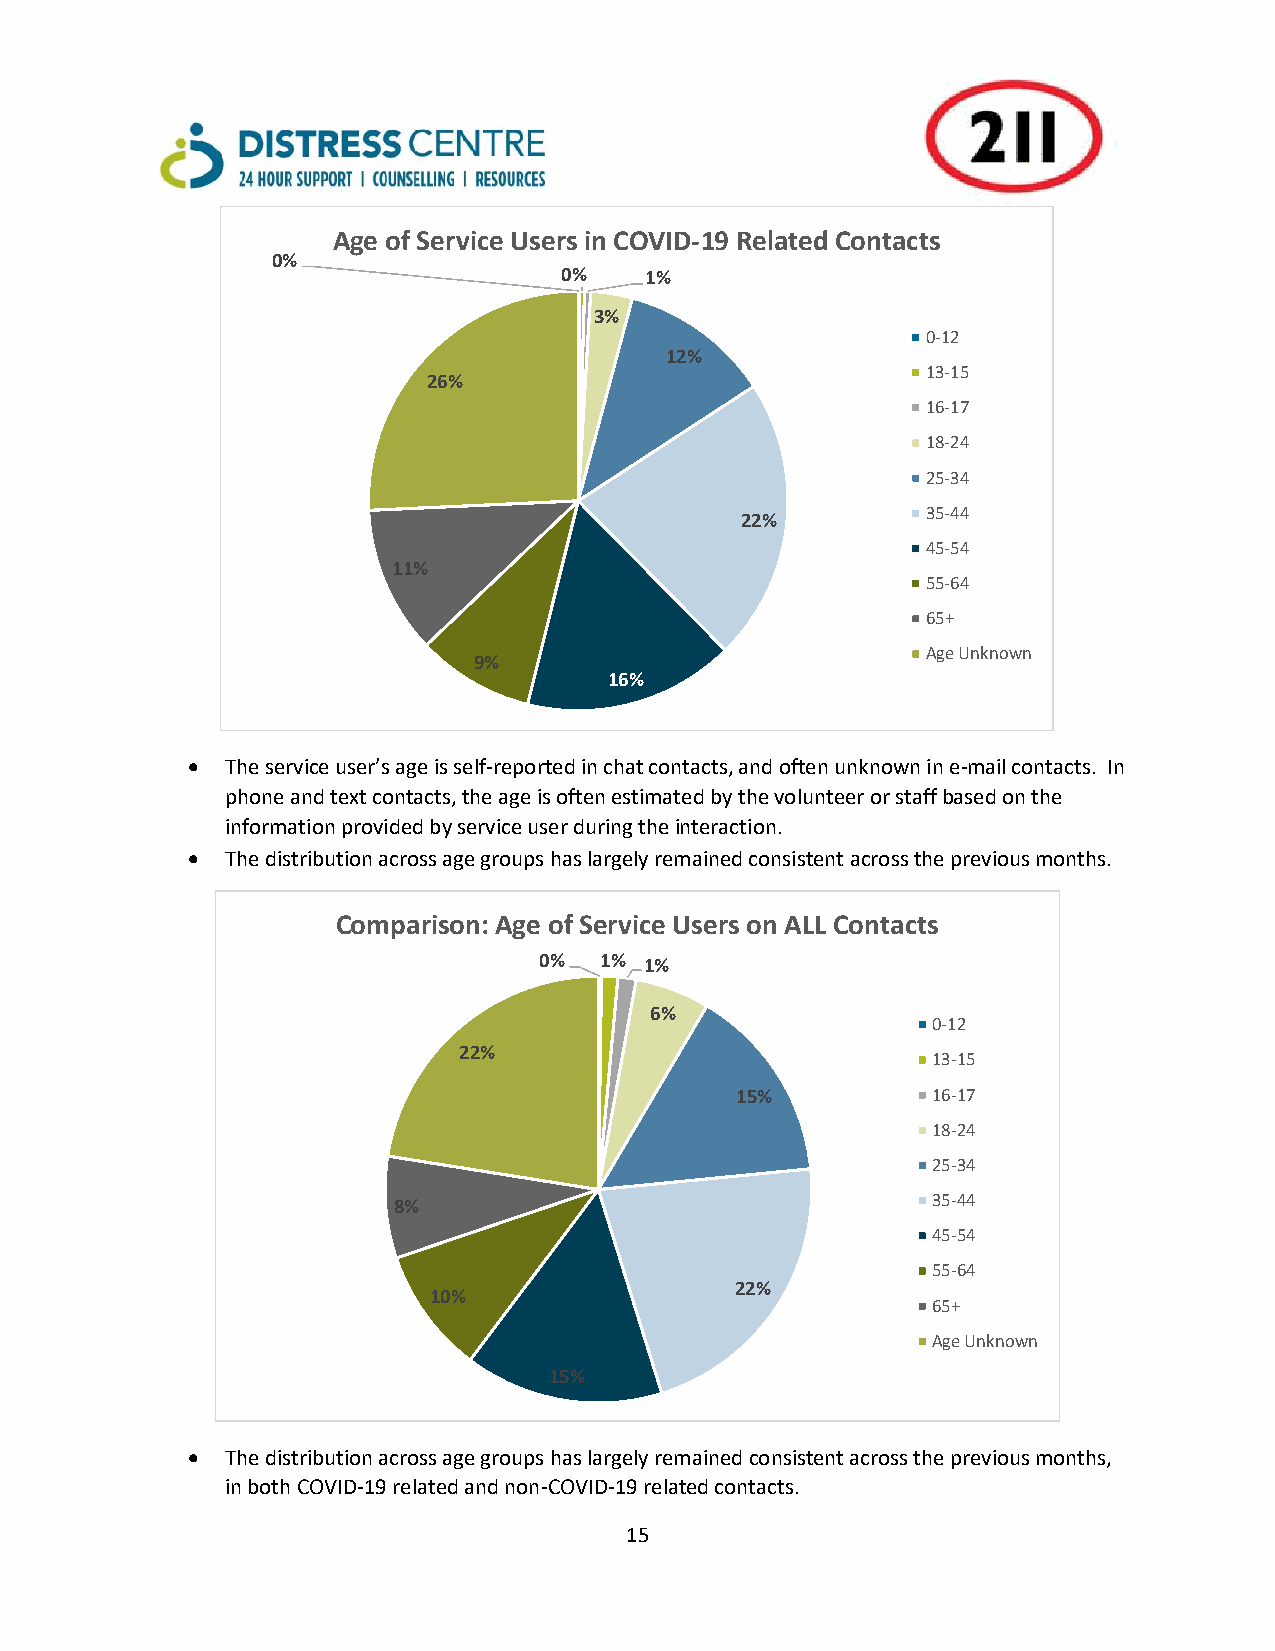
Age of Service Users in COVID-19 Related Contacts
 0%
 0%    1%
 3%
 0-12
 12%
 13-15
 26%
 16-17
 18-24
 25-34
 35-44
 22%
 45-54
 11%
 55-64
 65+
 Age Unknown
 9%
 16%
   The service user’s age is self-reported in chat contacts, and often unknown in e-mail contacts. In
 phone and text contacts, the age is often estimated by the volunteer or staff based on the
 information provided by service user during the interaction.
   The distribution across age groups has largely remained consistent across the previous months.
 Comparison: Age of Service Users on ALL Contacts
 0%  1% 1%
 6%
 0-12
 22%
 13-15
 15%          16-17
 18-24
 25-34
 8%                                  35-44
 45-54
 55-64
 22%
 10%
 65+
 Age Unknown
 15%
   The distribution across age groups has largely remained consistent across the previous months,
 in both COVID-19 related and non-COVID-19 related contacts.
 15